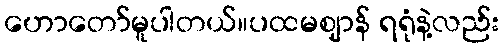
ဟောတော်မူပါတယ်။ပထမဈာန် ရရုံနဲ့လည်း